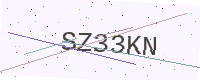
Text: SZ33KN